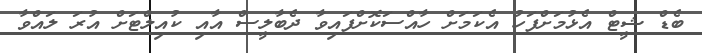
ބެޑް ޝީޓް އެޅުމަށްފަހު އެކަމަށް ހާއްސަކޮށްފައިވާ ދެބާލީސް އާއި ކުއިލްޓަށް އުރަ ލައްވާ